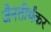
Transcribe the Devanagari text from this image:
जैनतीर्थंकर